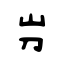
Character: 屶